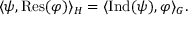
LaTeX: \langle \psi , { \mathrm { R e s } } ( \varphi ) \rangle _ { H } = \langle { \mathrm { I n d } } ( \psi ) , \varphi \rangle _ { G } .